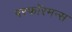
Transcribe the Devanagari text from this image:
परफॉरमन्स